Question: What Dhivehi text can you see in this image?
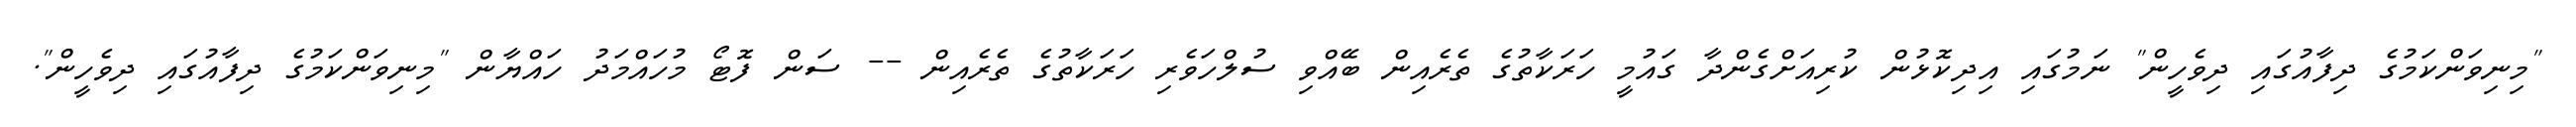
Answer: "މިނިވަންކަމުގެ ދިފާއުގައި ދިވެހީން" ނަމުގައި އިދިކޮޅުން ކުރިއަށްގެންދާ ގައުމީ ހަރަކާތުގެ ތެރެއިން ބޭއްވި ސުލްހަވެރި ހަރަކާތުގެ ތެރެއިން -- ސަން ފޮޓޯ މުހައްމަދު ހައްޔާން "މިނިވަންކަމުގެ ދިފާއުގައި ދިވެހީން".